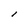
Character: l